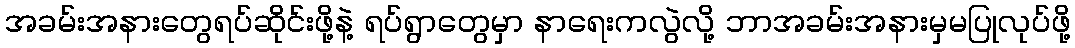
အခမ်းအနားတွေရပ်ဆိုင်းဖို့နဲ့ ရပ်ရွာတွေမှာ နာရေးကလွဲလို့ ဘာအခမ်းအနားမှမပြုလုပ်ဖို့